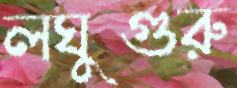
লঘুগুরু